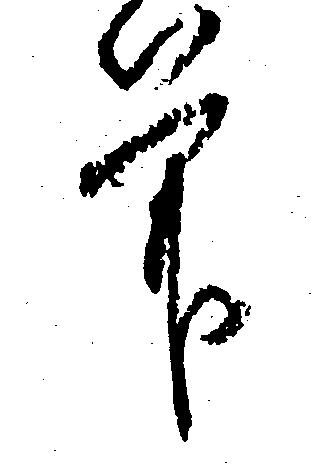
筆